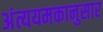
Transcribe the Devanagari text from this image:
अंत्ययमकानुसार